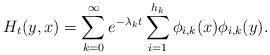
LaTeX: \begin{align*}H_t(y,x)=\sum_{k=0}^\infty e^{-\lambda_kt}\sum_{i=1}^{h_k}\phi_{i,k}(x)\phi_{i,k}(y).\end{align*}